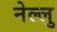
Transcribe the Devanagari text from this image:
नेल्लु